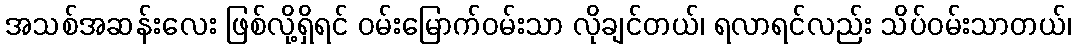
အသစ်အဆန်းလေး ဖြစ်လို့ရှိရင် ဝမ်းမြောက်ဝမ်းသာ လိုချင်တယ်၊ ရလာရင်လည်း သိပ်ဝမ်းသာတယ်၊